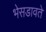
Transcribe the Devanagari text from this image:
भेसडावते